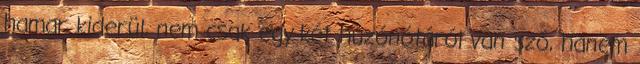
hamar kiderül, nem csak egy-két húzónótáról van szó, hanem